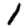
Digit: 1